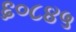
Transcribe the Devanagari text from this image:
६०८४५